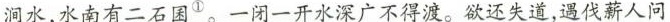
涧水，水南有二石圈^{①}。一闭一开水深广不得渡。欲还失道，遇伐薪人问